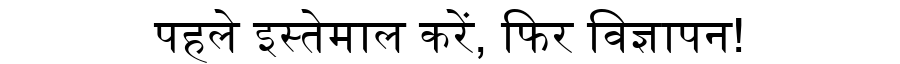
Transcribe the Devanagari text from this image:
पहले इस्तेमाल करें, फिर विज्ञापन!